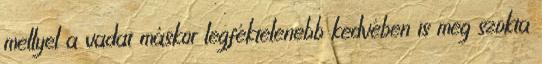
mellyel a vadat máskor legféktelenebb kedvében is meg szokta